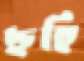
ছহি